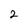
Character: 2